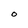
Character: O